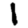
Digit: 1